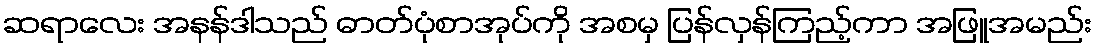
ဆရာလေး အနန်ဒါသည် ဓာတ်ပုံစာအုပ်ကို အစမှ ပြန်လှန်ကြည့်ကာ အဖြူအမည်း